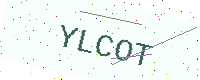
Text: YLCOT